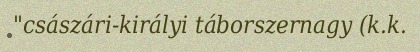
"császári-királyi táborszernagy (k.k.